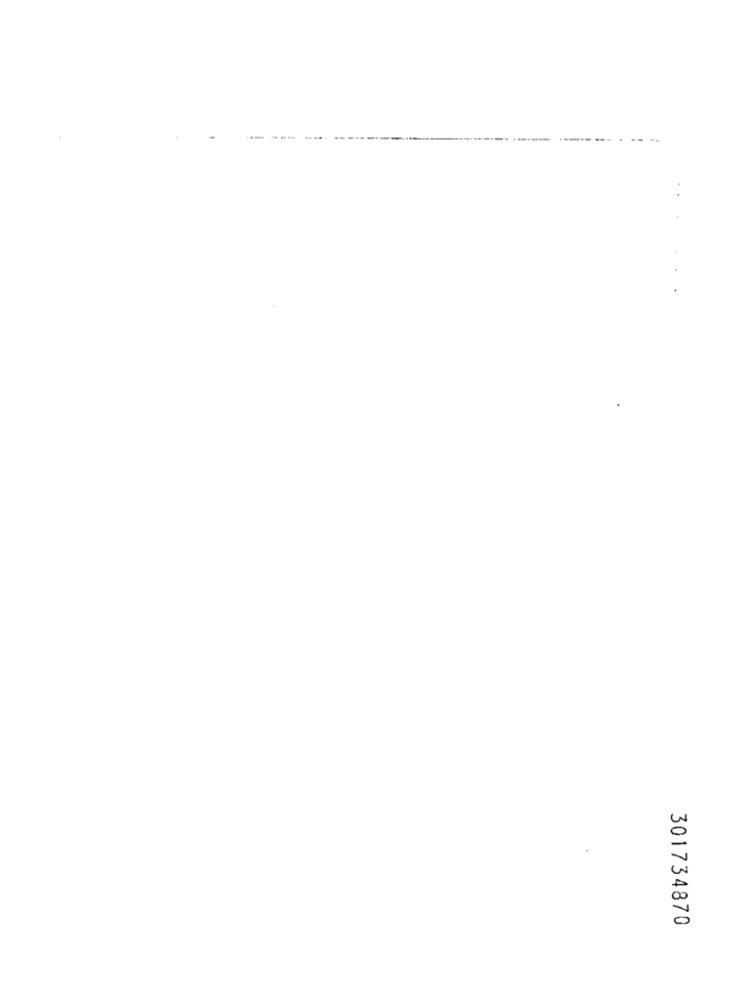
---------
301734870